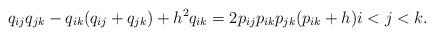
LaTeX: \begin{gather*}q_{ij} q_{jk} -q_{ik}( q_{ij} +q_{jk})+h^2 q_{ik} =2 p_{ij} p_{ik} p_{jk}(p_{ik}+h) i < j < k.\end{gather*}